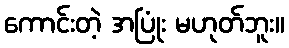
ကောင်းတဲ့ အပြုံး မဟုတ်ဘူး။